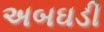
અબઘડી